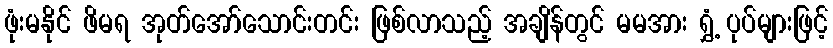
ဖုံးမနိုင် ဖိမရ အုတ်အော်သောင်းတင်း ဖြစ်လာသည့် အချိန်တွင် မမအား ရွှံ့ ပုပ်များဖြင့်